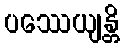
ပဿေယျန္တိ